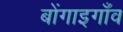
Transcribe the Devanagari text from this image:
बोंगाइगाँव